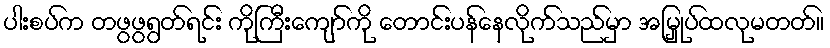
ပါးစပ်က တဖွဖွရွတ်ရင်း ကိုကြီးကျော်ကို တောင်းပန်နေလိုက်သည်မှာ အမြှုပ်ထလုမတတ်။